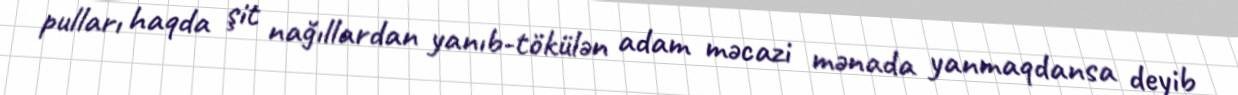
pulları haqda şit nağıllardan yanıb-tökülən adam məcazi mənada yanmaqdansa deyib